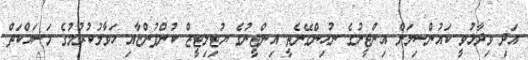
އަދި ވިދާޅުވީ ކައުންސިލަށް އިންޖީނުގެ ނުހިންގޭނެތީ އިންޖީނުގެ ޔުޓިލިޓީޒް ކުންފުންޏާއި ހަވާލުކުރުމުގެ މަސައްކަތް